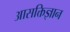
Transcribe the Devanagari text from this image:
आसक्तिज्ञान